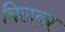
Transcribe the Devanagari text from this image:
बिलवर